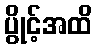
ပွိုင့်အထိ